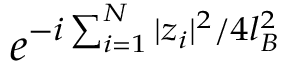
e ^ { - i \sum _ { i = 1 } ^ { N } | z _ { i } | ^ { 2 } / 4 l _ { B } ^ { 2 } }